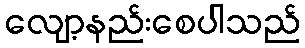
လျော့နည်းစေပါသည်